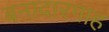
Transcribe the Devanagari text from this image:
बनादारगाह